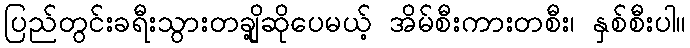
ပြည်တွင်းခရီးသွားတချို့ဆိုပေမယ့် အိမ်စီးကားတစီး၊ နှစ်စီးပါ။